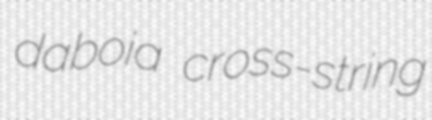
daboia cross-string